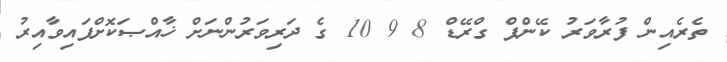
ތެރެއިން ފުރާވަރު ކޭންޕް ގްރޭޑް 8 9 10 ގެ ދަރިވަރުންނަށް ޚާއްޞަކޮށްފައިވާއިރު